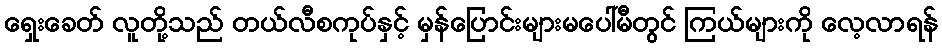
ရှေးခေတ် လူတို့သည် တယ်လီစကုပ်နှင့် မှန်ပြောင်းများမပေါ်မီတွင် ကြယ်များကို လေ့လာရန်